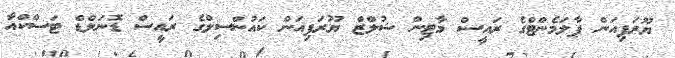
ޔޫރަޕިއަން ޕާލަމެންޓްގެ ރައީސް މާޓިން ޝުލްޒް ޔޫރަޕިއަން ކައުންސިލްގެ ރައީސް ޑޮނަލްޑް ޓަސްކްއާ